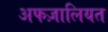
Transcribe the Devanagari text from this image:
अफज़ालियत